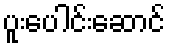
ပူးပေါင်းဆောင်